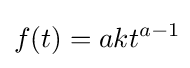
f(t)=akt^{a-1}\!